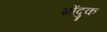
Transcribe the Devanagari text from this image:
गोंदुक